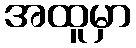
အထူမှာ